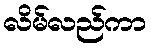
လိမ်လည်ကာ